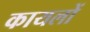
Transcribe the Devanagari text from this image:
कायलों